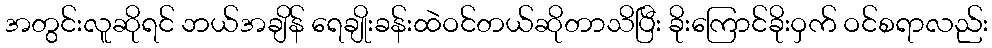
အတွင်းလူဆိုရင် ဘယ်အချိန် ရေချိုးခန်းထဲဝင်တယ်ဆိုတာသိပြီး ခိုးကြောင်ခိုးဝှက် ဝင်စရာလည်း